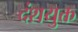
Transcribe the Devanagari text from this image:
दंशयुक्त